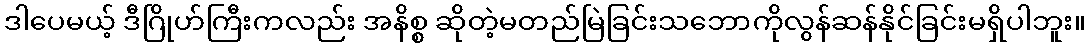
ဒါပေမယ့် ဒီဂြိုဟ်ကြီးကလည်း အနိစ္စ ဆိုတဲ့မတည်မြဲခြင်းသဘောကိုလွန်ဆန်နိုင်ခြင်းမရှိပါဘူး။